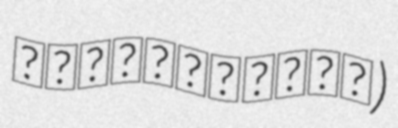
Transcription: شهرستان گرمی)